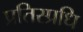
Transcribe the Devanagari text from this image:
प्रतिस्प्रधि